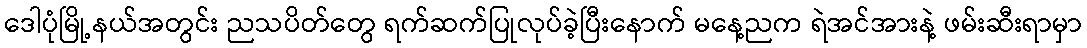
ဒေါပုံမြို့နယ်အတွင်း ညသပိတ်တွေ ရက်ဆက်ပြုလုပ်ခဲ့ပြီးနောက် မနေ့ညက ရဲအင်အားနဲ့ ဖမ်းဆီးရာမှာ